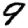
Digit: 9